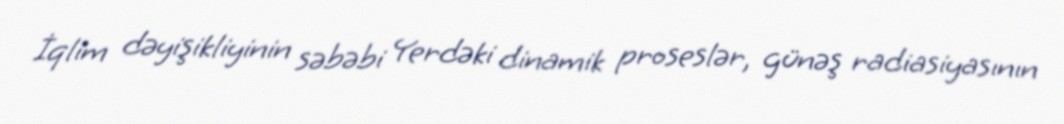
İqlim dəyişikliyinin səbəbi Yerdəki dinamik proseslər, günəş radiasiyasının